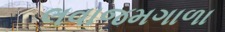
લવાજમગાળા